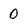
Character: 0